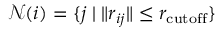
\mathcal { N } ( i ) = \{ j \mid \| r _ { i j } \| \leq r _ { \mathrm { c u t o f f } } \}